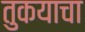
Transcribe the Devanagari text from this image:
तुकयाचा